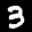
Label: 3